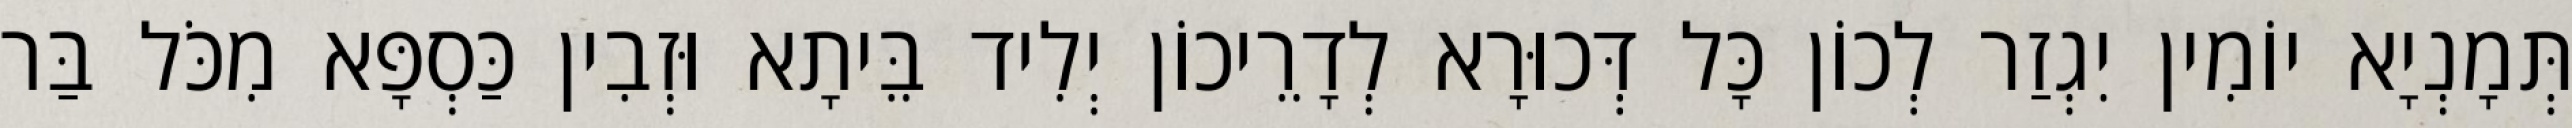
תְּמָנְיָא יוֹמִין יִגְזַר לְכוֹן כָּל דְּכוּרָא לְדָרֵיכוֹן יְלִיד בֵּיתָא וּזְבִין כַּסְפָּא מִכֹּל בַּר